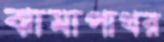
ঝামাপাথর